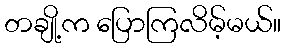
တချို့က ပြောကြလိမ့်မယ်။